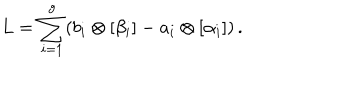
LaTeX: L = \sum _ { i = 1 } ^ { g } ( b _ { i } \otimes [ \beta _ { i } ] - a _ { i } \otimes [ \alpha _ { i } ] ) \, .